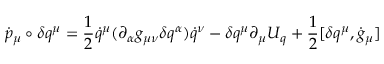
\dot { p } _ { \mu } \circ \delta q ^ { \mu } = \frac { 1 } { 2 } \dot { q } ^ { \mu } ( \partial _ { \alpha } g _ { \mu \nu } \delta q ^ { \alpha } ) \dot { q } ^ { \nu } - \delta q ^ { \mu } \partial _ { \mu } U _ { q } + \frac { 1 } { 2 } [ \delta q ^ { \mu } , \dot { g } _ { \mu } ]